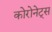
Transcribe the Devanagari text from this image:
कोरोनेट्स